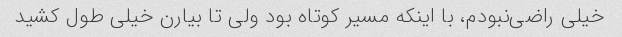
خیلی راضی‌نبودم، با اینکه مسیر کوتاه بود ولی تا بیارن خیلی طول کشید